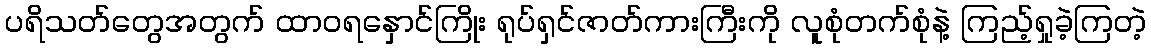
ပရိသတ်တွေအတွက် ထာဝရနှောင်ကြိုး ရုပ်ရှင်ဇာတ်ကားကြီးကို လူစုံတက်စုံနဲ့ ကြည့်ရှုခဲ့ကြတဲ့